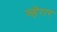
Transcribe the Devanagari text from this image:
ज्हेरार